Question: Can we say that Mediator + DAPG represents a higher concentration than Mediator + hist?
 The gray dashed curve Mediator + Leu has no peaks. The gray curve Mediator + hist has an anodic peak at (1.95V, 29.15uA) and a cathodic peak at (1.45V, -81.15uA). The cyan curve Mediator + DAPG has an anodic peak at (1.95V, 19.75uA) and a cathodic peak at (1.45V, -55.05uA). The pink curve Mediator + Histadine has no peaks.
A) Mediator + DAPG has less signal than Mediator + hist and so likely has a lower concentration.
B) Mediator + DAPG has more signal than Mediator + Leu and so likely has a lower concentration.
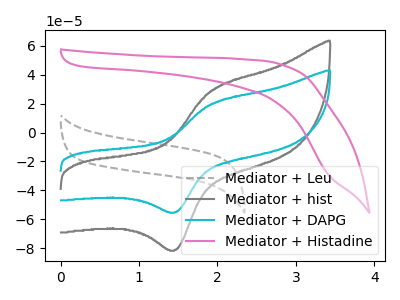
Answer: <think>All the peaks in "Mediator + DAPG" have a peak in "Mediator + hist" at the same potential. Every peak in "Mediator + DAPG" is lower than every peak in "Mediator + hist".
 </think>
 <answer>A) "Mediator + DAPG" has less signal than "Mediator + hist" and so likely has a lower concentration.</answer>
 <eval>A</eval>